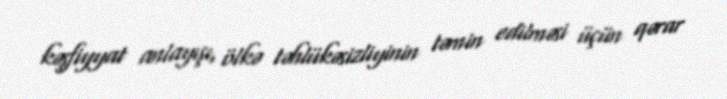
kəşfiyyat anlayışı, ölkə təhlükəsizliyinin təmin edilməsi üçün qərar